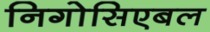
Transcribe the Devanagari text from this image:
निगोसिएबल